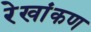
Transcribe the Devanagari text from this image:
रेखांकण